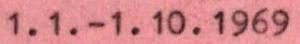
1.1.-1.10.1969